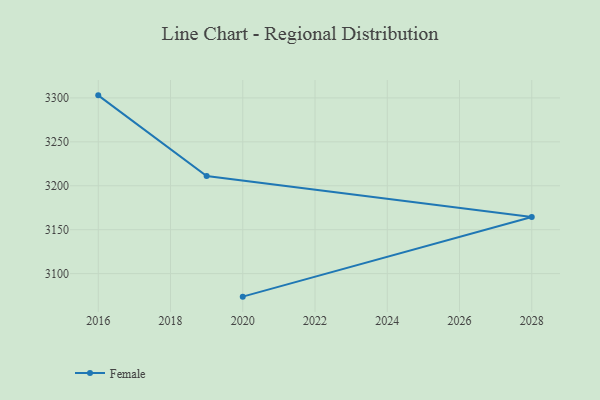
{"axis": {"x": "Year", "y": "Humidity (%)"}, "legend": ["Female"], "data": [{"x": "2016", "y": 3302.9, "type": "Female"}, {"x": "2019", "y": 3211.0, "type": "Female"}, {"x": "2028", "y": 3164.5, "type": "Female"}, {"x": "2020", "y": 3073.8, "type": "Female"}]}